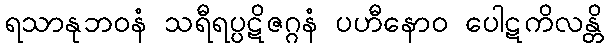
ရသာနုဘဝနံ သရီရပ္ပဋိဇဂ္ဂနံ ပဟီနောဝ ပေါဋကိလန္တိ